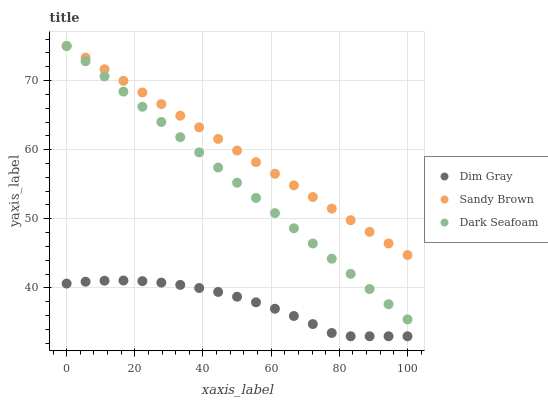
| xaxis_label | Dim Gray | Sandy Brown | Dark Seafoam |
 | --- | --- | --- | --- |
 | 0 | 40.6 | 75 | 75 |
 | 5.56 | 40.9 | 73.3 | 72.8 |
 | 11.1 | 41 | 71.6 | 70.6 |
 | 16.7 | 41.1 | 70 | 68.4 |
 | 22.2 | 41 | 68.3 | 66.2 |
 | 27.8 | 40.8 | 66.6 | 64 |
 | 33.3 | 40.4 | 64.9 | 61.8 |
 | 38.9 | 40 | 63.2 | 59.6 |
 | 44.4 | 39.4 | 61.6 | 57.4 |
 | 50 | 38.7 | 59.9 | 55.2 |
 | 55.6 | 37.9 | 58.2 | 53 |
 | 61.1 | 37 | 56.5 | 50.8 |
 | 66.7 | 35.9 | 54.8 | 48.6 |
 | 72.2 | 34.8 | 53.2 | 46.4 |
 | 77.8 | 33.5 | 51.5 | 44.2 |
 | 83.3 | 33 | 49.8 | 42 |
 | 88.9 | 33 | 48.1 | 39.8 |
 | 94.4 | 33 | 46.4 | 37.6 |
 | 100 | 33 | 44.8 | 35.4 |